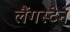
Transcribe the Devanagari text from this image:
लैंगस्टेन